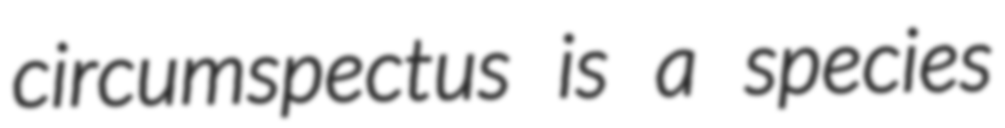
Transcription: circumspectus is a species